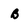
Character: B